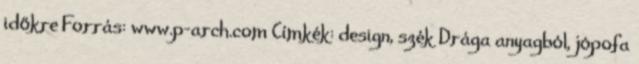
időkre Forrás: www.p-arch.com Címkék: design, szék Drága anyagból, jópofa